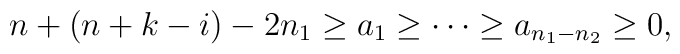
n+(n+k-i)-2n_1 \geq a_1 \geq \cdots \geq a_{n_1 -n_2} \geq 0,